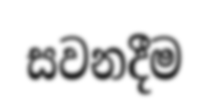
සවනදීම